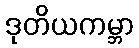
ဒုတိယကမ္ဘာ